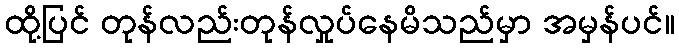
ထို့ပြင် တုန်လည်းတုန်လှုပ်နေမိသည်မှာ အမှန်ပင်။